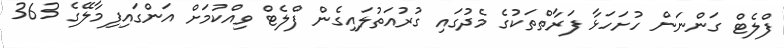
ފްލެޓް ގަންނަން ހުށަހަޅާ ފަރާތްތަކުގެ މެދުގައި ގުރުއަތުލައިގެން ފްލެޓް ވިއްކުމަށް އަންގައިފިމާލޭގެ 363